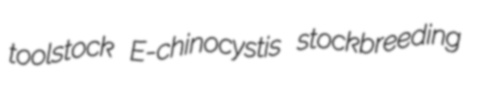
toolstock E-chinocystis stockbreeding